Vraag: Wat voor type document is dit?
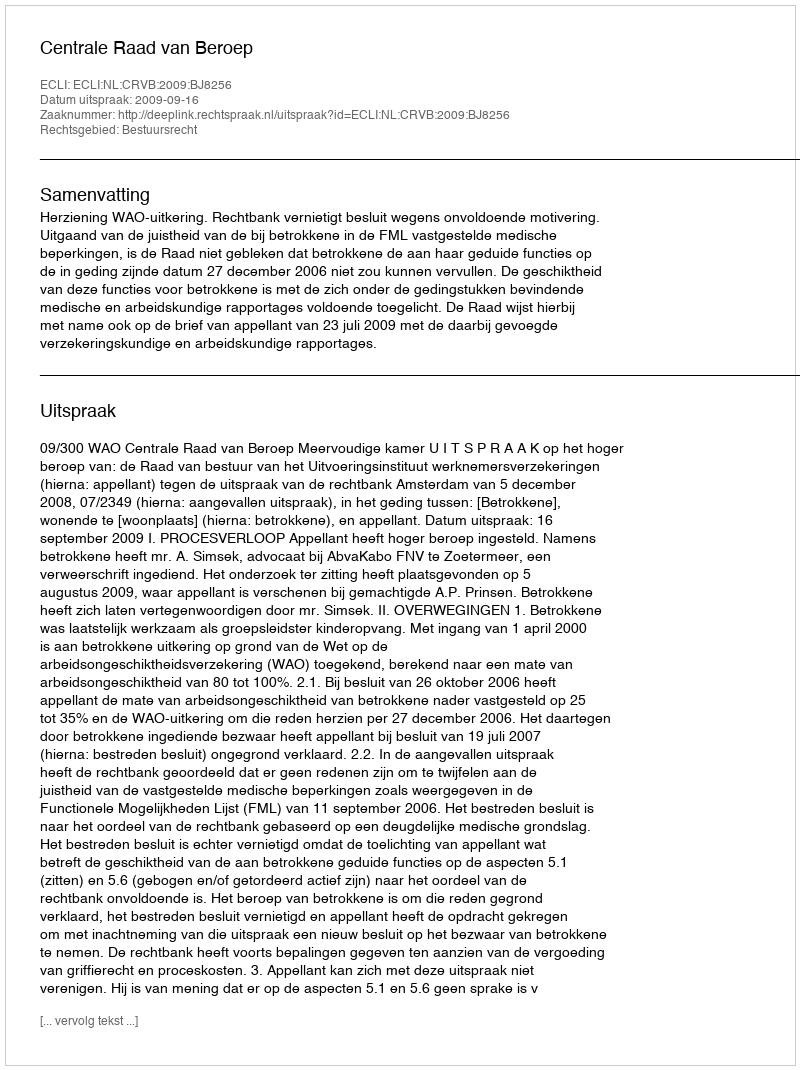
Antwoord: Uitspraak